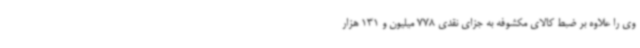
وی را علاوه بر ضبط کالای مکشوفه به جزای نقدی 778 میلیون و 131 هزار